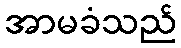
အာမခံသည်